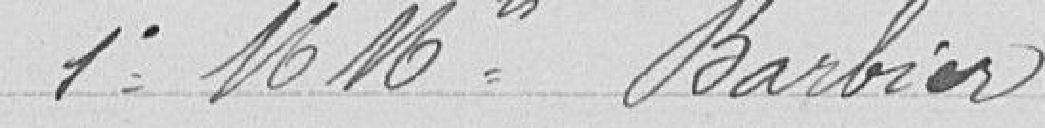
1° MMrs Barbier